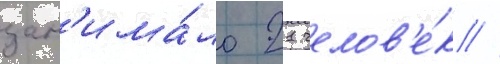
зан'има́ло 21 челов'е́к //